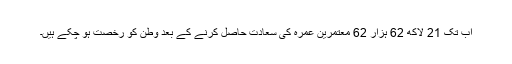
اب تک 21 لاکھ 62 ہزار 62 معتمرین عمرہ کی سعادت حاصل کرنے کے بعد وطن کو رخصت ہو چکے ہیں۔